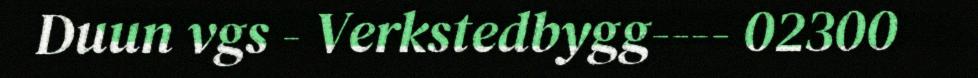
Duun vgs - Verkstedbygg---- 02300